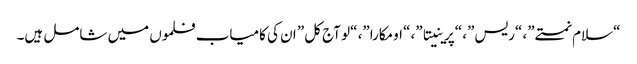
“سلام نمستے”، “ریس”، “پرینیتا”، “اومکارا”، “لو آج کل” ان کی کامیاب فلموں میں شامل ہیں۔